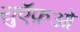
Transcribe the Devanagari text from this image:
युऍफ़ओ